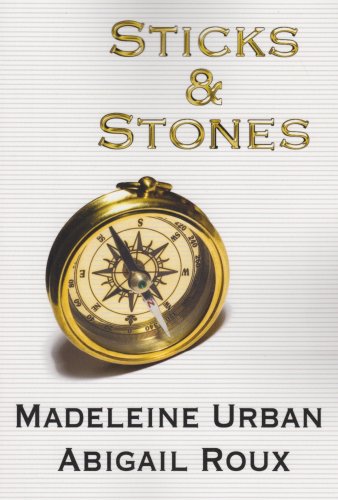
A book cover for Sticks & Stones (Cut & Run); Madeleine Urban; Romance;